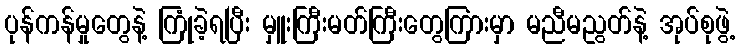
ပုန်ကန်မှုတွေနဲ့ ကြုံခဲ့ရပြီး မှူးကြီးမတ်ကြီးတွေကြားမှာ မညီမညွတ်နဲ့ အုပ်စုဖွဲ့